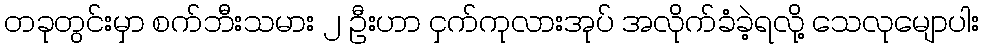
တခုတွင်းမှာ စက်ဘီးသမား ၂ ဦးဟာ ငှက်ကုလားအုပ် အလိုက်ခံခဲ့ရလို့ သေလုမျောပါး